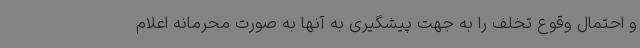
و احتمال وقوع تخلف را به جهت پیشگیری به آنها به صورت محرمانه اعلام